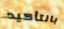
بالتأكيد